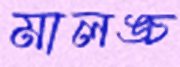
মালঙ্চ